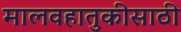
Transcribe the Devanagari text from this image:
मालवहातुकीसाठी